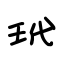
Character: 玳